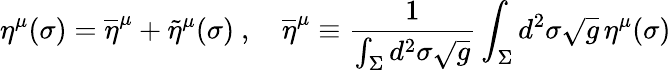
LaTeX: \eta^{\mu}(\sigma)=\overline{{\eta}}^{\mu}+\widetilde\eta^{\mu}(\sigma)\ ,\quad\overline{{\eta}}^{\mu}\equiv{\frac{1}{\int_{\Sigma}d^{2}\sigma\sqrt g}}\int_{\Sigma}d^{2}\sigma\sqrt g\, \eta^{\mu}(\sigma)